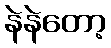
နဲနဲတော့